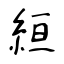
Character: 絙